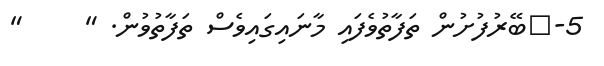
5-	ބޭރުފުށުން ތަފާތުވެފައި މާނައިގައިވެސް ތަފާތުވުން. "     "